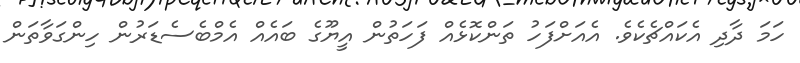
ހަމަ ދާދި އެކައްޗެކެވެ. އެއަށްފަހު ތަންކޮޅެއް ފަހަތުން އީޔޫގެ ބައެއް އެމްބެސެޑަރުން ހިންގަވާތަން